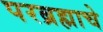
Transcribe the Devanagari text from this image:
परब्रह्माचे